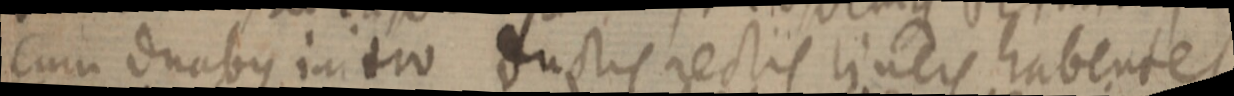
Cum duabus initro ductis rectis linere habentes